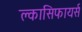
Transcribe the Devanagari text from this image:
क्लासिफायर्स